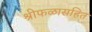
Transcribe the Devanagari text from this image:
श्रीफळासहित